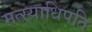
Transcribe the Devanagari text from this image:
मत्स्याधिपति